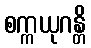
စက္ကယုဂန္တိ